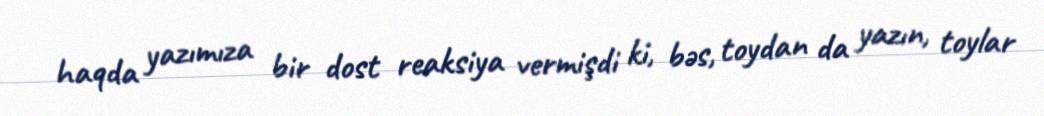
haqda yazımıza bir dost reaksiya vermişdi ki, bəs, toydan da yazın, toylar